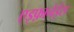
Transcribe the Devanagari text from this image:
एइफ़ानेईस